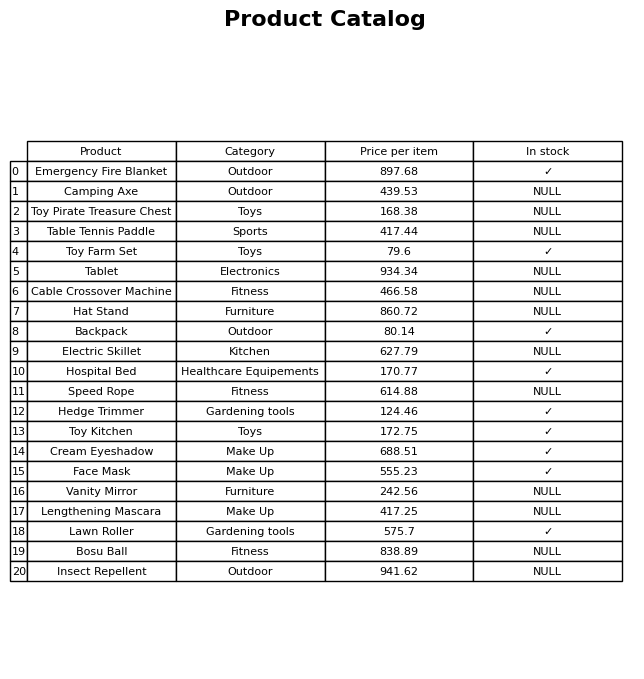
question: Which products are available in stock?
answer: Emergency Fire Blanket, Toy Farm Set, Backpack, Hospital Bed, Hedge Trimmer, Toy Kitchen, Cream Eyeshadow, Face Mask, Lawn Roller